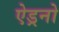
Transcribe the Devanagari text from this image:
ऐड्रनो